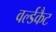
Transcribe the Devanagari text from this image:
वर्ल्डकैट